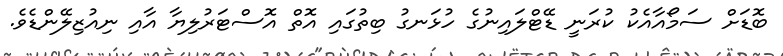
ބޮޑަށް ސަމޯއާއެކު ކުރަނީ ޑޭޓްލައިނުގެ ހުޅަނގު ބިތުގައި އޮތް އޮސްޓަރުލިޔާ އާއި ނިއުޒިލޭންޑެވެ.